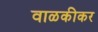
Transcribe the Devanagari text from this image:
वाळकीकर